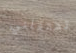
تعتقلني